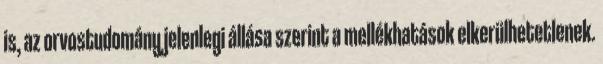
is, az orvostudomány jelenlegi állása szerint a mellékhatások elkerülhetetlenek.